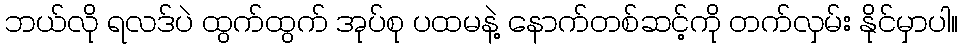
ဘယ်လို ရလဒ်ပဲ ထွက်ထွက် အုပ်စု ပထမနဲ့ နောက်တစ်ဆင့်ကို တက်လှမ်း နိုင်မှာပါ။